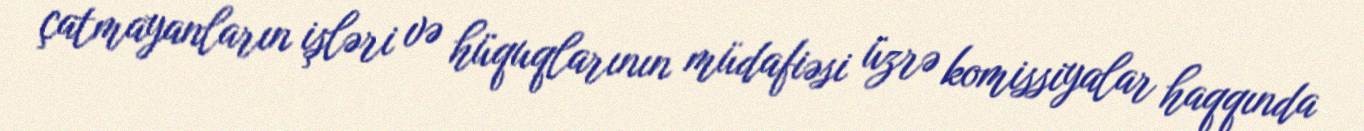
çatmayanların işləri və hüquqlarının müdafiəsi üzrə komissiyalar haqqında